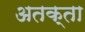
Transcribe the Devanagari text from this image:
अतक्ता